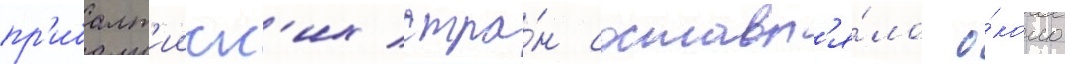
пр'ибалт'ииск'их стра́н составл'я́ло о́коло